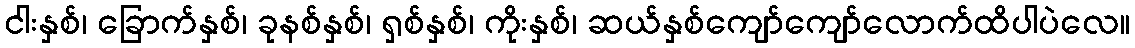
ငါးနှစ်၊ ခြောက်နှစ်၊ ခုနစ်နှစ်၊ ရှစ်နှစ်၊ ကိုးနှစ်၊ ဆယ်နှစ်ကျော်ကျော်လောက်ထိပါပဲလေ။